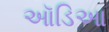
ઑડિઆ